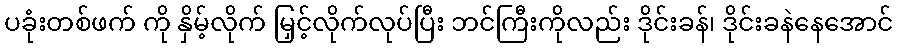
ပခုံးတစ်ဖက် ကို နှိမ့်လိုက် မြှင့်လိုက်လုပ်ပြီး ဘင်ကြီးကိုလည်း ဒိုင်းခန်၊ ဒိုင်းခနဲနေအောင်